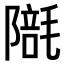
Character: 𣯱